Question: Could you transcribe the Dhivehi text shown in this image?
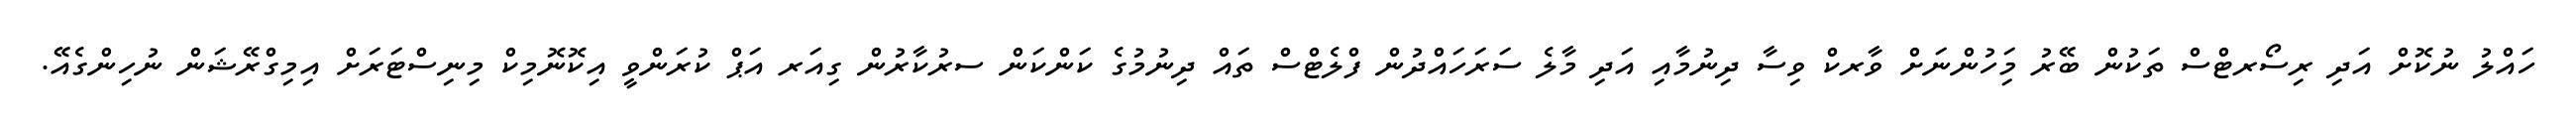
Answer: ހައްލު ނުކޮށް އަދި ރިސޯރޓްސް ތަކުން ބޭރު މަިހުންނަށް ވާރކް ވިސާ ދިނުމާއި އަދި މާލެ ސަރަހައްދުން ފްލެޓްސް ތައް ދިނުމުގެ ކަންކަން ސރުކާރުން ގިއަރ އަޕް ކުރަންވީ އިކޮނޮމިކް މިނިސްޓަރަށް އިމިގްރޭޝަން ނުހިންގެއޭ.